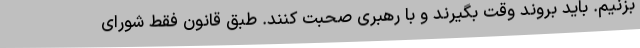
بزنیم. باید بروند وقت بگیرند و با رهبری صحبت کنند. طبق قانون فقط شورای